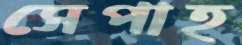
সেপাহ